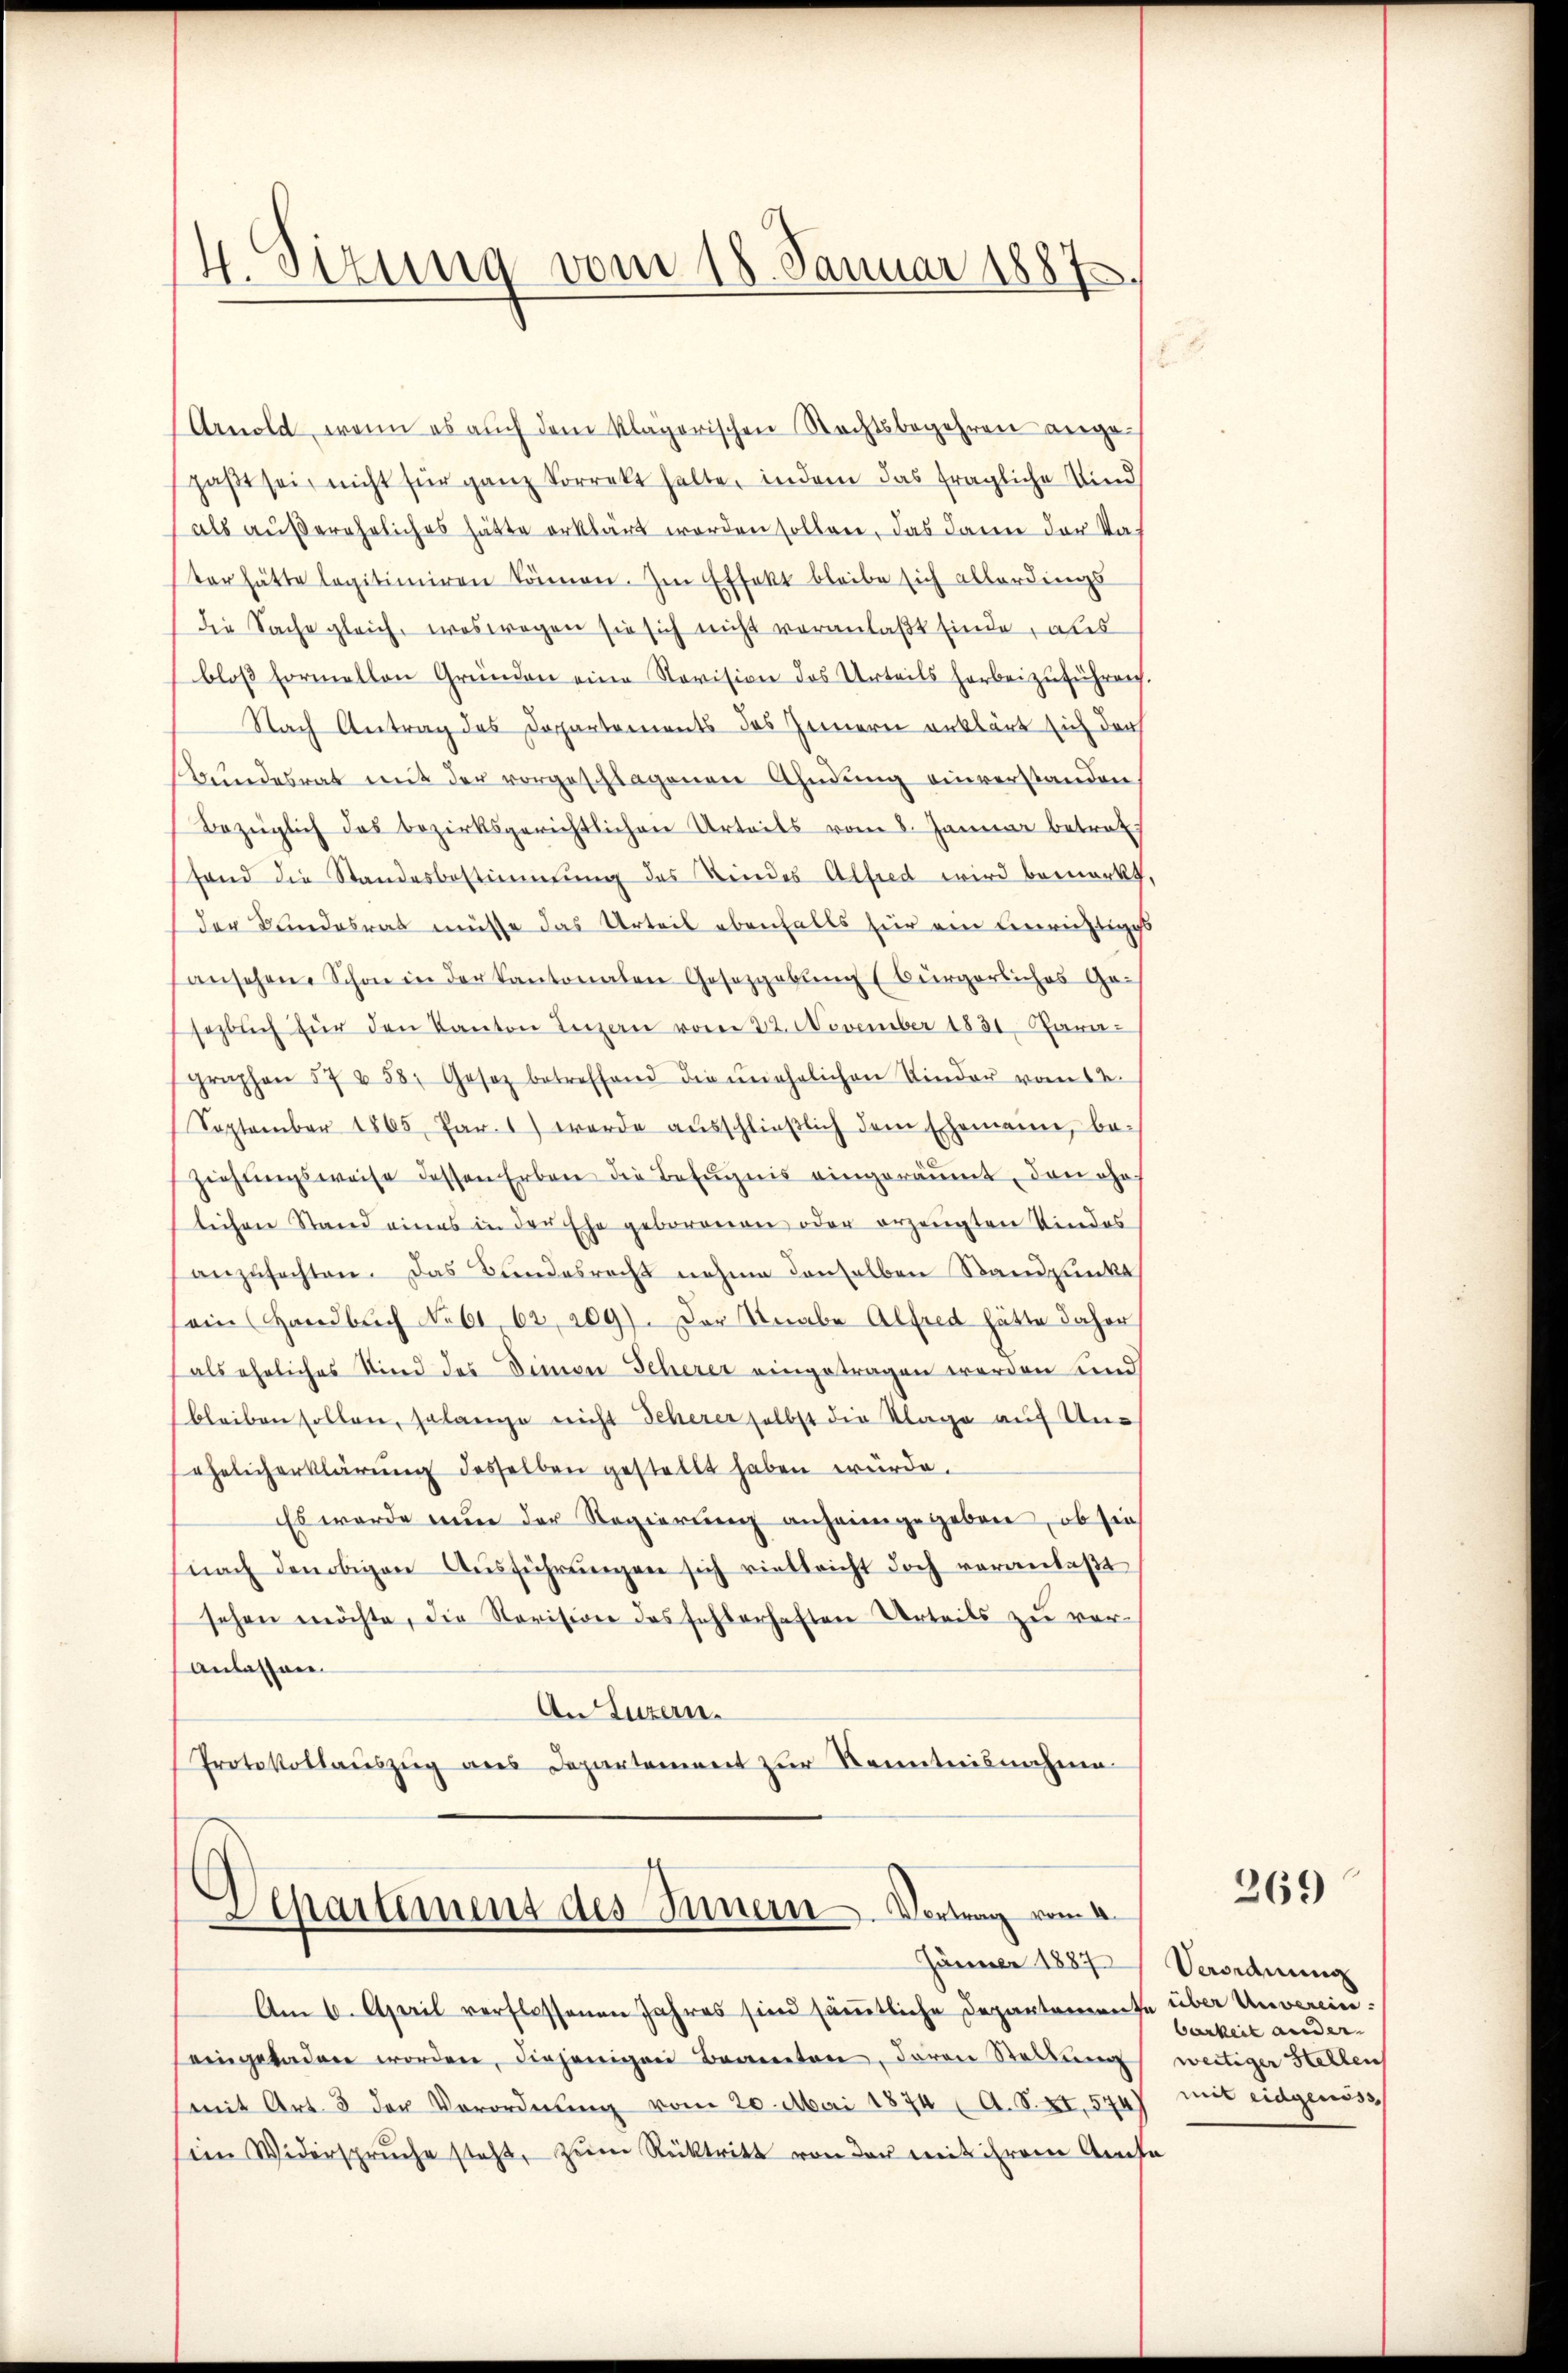
4. Sizung vom 18. Januar 1887

Arnold, wenn es auch dem klagorischen Rechtsbegehren angepaβt sei, nicht für ganz Korrekt halte, indem das fragliche Kind
als außereheliches hätte erklärt worden sollen, das dann der Vater hätte legitimiren können. Im Effekt bleibe sich allerdings
die Sache gleich, weswegen sie sich nicht veranlaßt finde, als
bloß formellen Gründen eine Revision des Urteils herbeizuführen.
Nach Antrag des Departements des Innern erklärt sich der
Bundesrat mit der vorgeschlagenen Ahndung einverstanden
Bezüglich das bezirksgerichtlichen Urteils vom 8. Januar betrat
fand die Standesbestimmung des Kindes Alfred wird bemerkt,
der Bundesrat müsse das Urteil ebenfalls für ein Berichtiges
ansehen. Schon in der Kantonalen Gesetzgebung (bürgerliches Ge-
sezlich für den Kanton Innern vom 22. November 1831. Para-
graphen 57 u 58. Gesetz betreffend die ŭnehelichen Kinder vom 12.
September 1865, Par. 1) werde aŭsschlieβlich dem Ehemann, be-
Ziehŭngsweise dessen Erben die Befugnis eingeräumt, den ohn
lichen Stand eines in der Ehe geborenen oder erzeugten Kindes
anzŭfachten. Das Bundesrecht nahme denselben Standpunkt
sein Handbuch No 61, 62, 209). Der Knabe Alfred hätte daher
als eheliches Kind des Simon Scherer eingetragen werden sind
bleiben sollen, solange nicht Scherer selbst die Klage auf Unehelich erklärung desselben gestellt haben würde.
Es wurde nun der Regierŭng anheimgegeben, ob sie
nach den obigen Aŭsführŭngen sich vielleicht doch veranlaßt
sehen möchte, die Revision des fehlerhaften Urteils zu ver¬
Anlassen.
An Luzern.
Protokollaŭszŭg des Departement zur Kenntnisnahme

Separtement des Innern. Vortrag vom 4.
 Jänner 1887

Am 6. April verflossenen Jahres sind sämtliche Departemente über Unvereineingeladen worden, diejenigen Beamten, daran Stellung
mit Art. 3 der Verordnung vom 20. Mai 1874 (A. S. XI. 574)
sein Widerspruche steht, zum Rücktritt von der mit ihrem Amte

269

Veordnung
barkeit ander
weitiger Stellen
mit eidgenöss